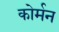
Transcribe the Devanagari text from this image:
कोर्मन